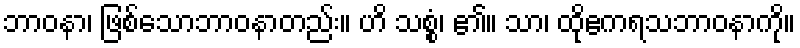
ဘာဝနာ၊ ဖြစ်သောဘာဝနာတည်း။ ဟိ သစ္စံ၊ ၏။ သာ၊ ထိုဧကရသဘာဝနာကို။